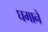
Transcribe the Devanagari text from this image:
घमाने